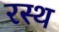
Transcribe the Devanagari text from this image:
रस्थ